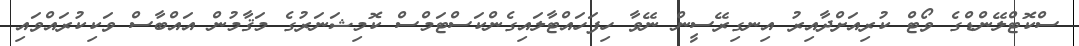
ސްކޮޓްލޭންޑްގެ ވޯޓް ކުރިއަށްދާއިރު އިނގިރޭސީން ނޭވާ ހިފަހައްޓާލައިގެންކަސްޓަމްސް ކޮމިޝަނަރުގެ މަޤާމުން އައްބާސް ވަކިކުރައްވައި